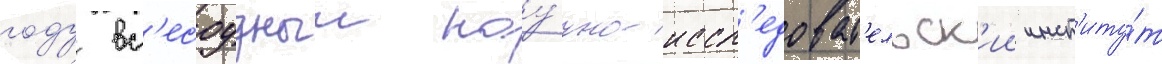
году вс'есоузныи нау́чно-иссл'едоват'ельск'ии инст'иту́т